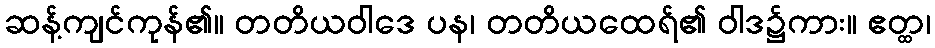
ဆန့်ကျင်ကုန်၏။ တတိယဝါဒေ ပန၊ တတိယထေရ်၏ ဝါဒ၌ကား။ ဧတ္ထ၊